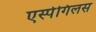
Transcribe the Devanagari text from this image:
एर्स्पेगिलस